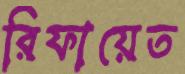
রিফায়েত